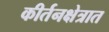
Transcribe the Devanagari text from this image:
कीर्तनक्षेत्रात